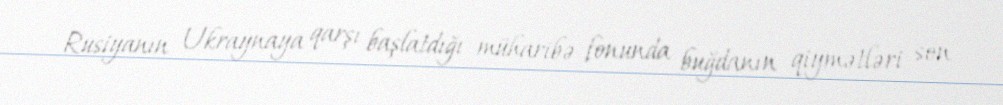
Rusiyanın Ukraynaya qarşı başlatdığı müharibə fonunda buğdanın qiymətləri son